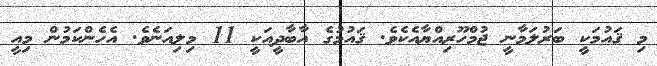
މި ޤައުމަކީ ބަރުލަމާނީ ޖުމްހޫރިއްޔާއެކެވެ. ޤައުމުގެ އާބާދީއަކީ 11 މިލިއަނެވެ. އެހެންކަމުން މިއީ